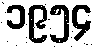
၁၉၅၄